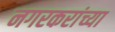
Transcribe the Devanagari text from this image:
नगरकरांच्या